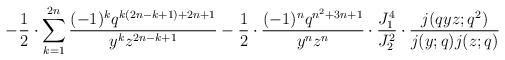
LaTeX: \begin{align*} -\frac{1}{2}\cdot \sum_{k=1}^{2n}\frac{(-1)^kq^{k(2n-k+1)+2n+1}}{y^{k}z^{2n-k+1}} -\frac{1}{2}\cdot \frac{(-1)^nq^{n^2+3n+1}}{y^{n}z^{n}} \cdot \frac{J_1^4}{J_2^2}\cdot \frac{j(qyz;q^2)}{j(y;q)j(z;q)}\end{align*}